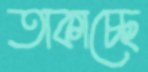
তাকাচ্ছে